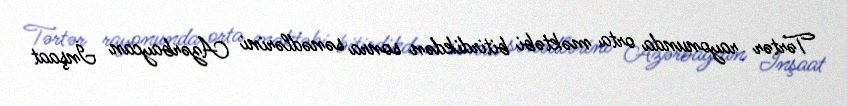
Tərtər rayonunda orta məktəbi bitirdikdən sonra sənədlərini Azərbaycan İnşaat